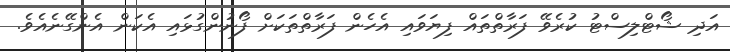
އަދި ޝޯޓްލިސްޓު ކުރެވޭ ފަރާތްތައް ފިޔަވައި އެހެން ފަރާތްތަކަށް ފޯނުންގުޅައި އެކަން އެންގޭނެއެވެ.